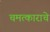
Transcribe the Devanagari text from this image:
चमत्काराचे